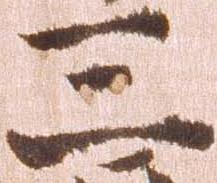
三